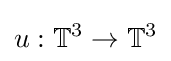
u:\mathbb {T} ^{3}\to \mathbb {T} ^{3}